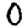
Digit: 0